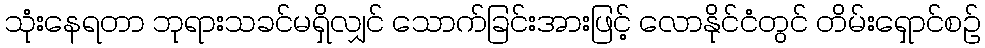
သုံးနေရတာ ဘုရားသခင်မရှိလျှင် သောက်ခြင်းအားဖြင့် လောနိုင်ငံတွင် တိမ်းရှောင်စဉ်